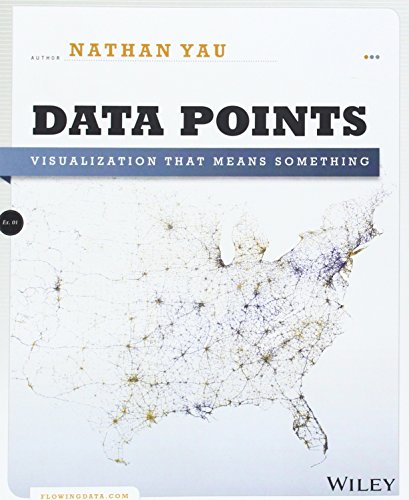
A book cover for Data Points: Visualization That Means Something; Nathan Yau; Computers & Technology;